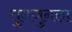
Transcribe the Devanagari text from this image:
तुनजुनला